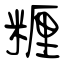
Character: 糎